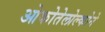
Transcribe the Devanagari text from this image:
ओकोतेलोल्कोने